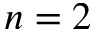
n = 2